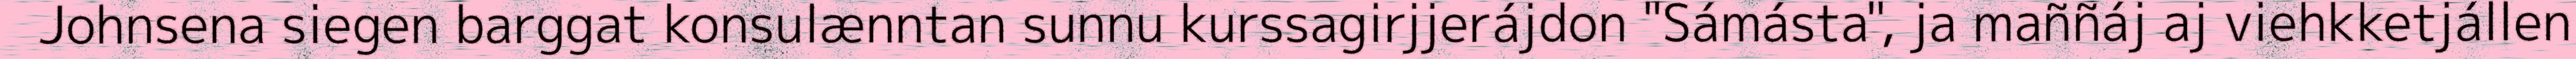
Johnsena siegen barggat konsulænntan sunnu kurssagirjjerájdon "Sámásta", ja maññáj aj viehkketjállen